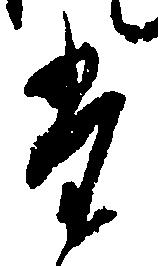
た